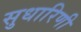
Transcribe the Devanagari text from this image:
सुधारिणी